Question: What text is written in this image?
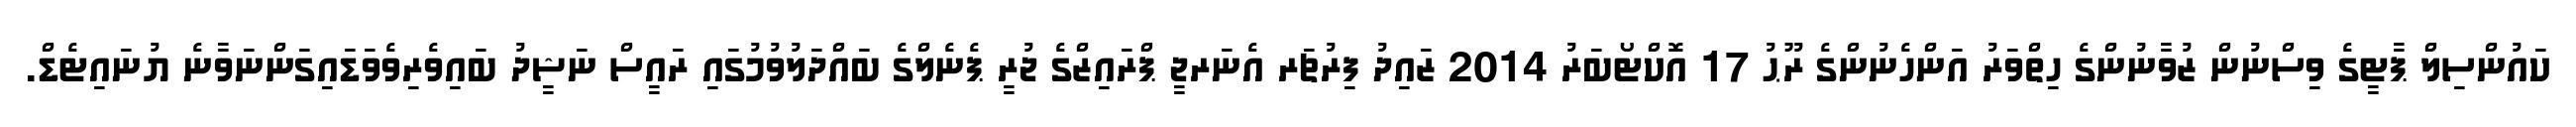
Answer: ކައުންސިލް ޕާޓީގެ ވިސްނުން ޒުވާނުންގެ ހިތްވަރު އަންހެނުންގެ ރޫޙު 17 އޮކްޓޯބަރު 2014 ޒައިދު ފިރުޗަރ އެނަރޖީ ޕްރައިޒްގެ ޖުރީ ޕެނެލްގެ ބައްދަލުވުމުގައި ރައީސް ނަޝީދު ބައިވެރިވެވަޑައިގަންނަވާނެ ޔުނައިޓެޑް.